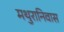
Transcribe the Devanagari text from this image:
मथुरानिवास